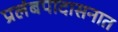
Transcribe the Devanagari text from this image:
प्रलंबपादासनात